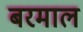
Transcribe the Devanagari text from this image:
बरमाल